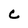
Character: C